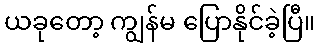
ယခုတော့ ကျွန်မ ပြောနိုင်ခဲ့ပြီ။